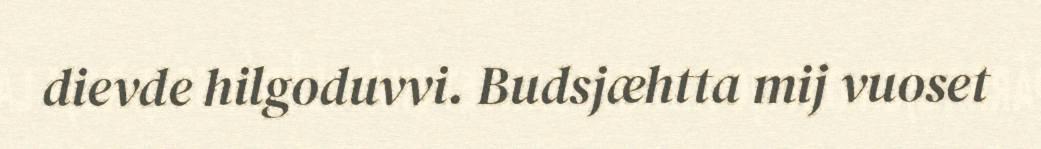
dievde hilgoduvvi. Budsjæhtta mij vuoset